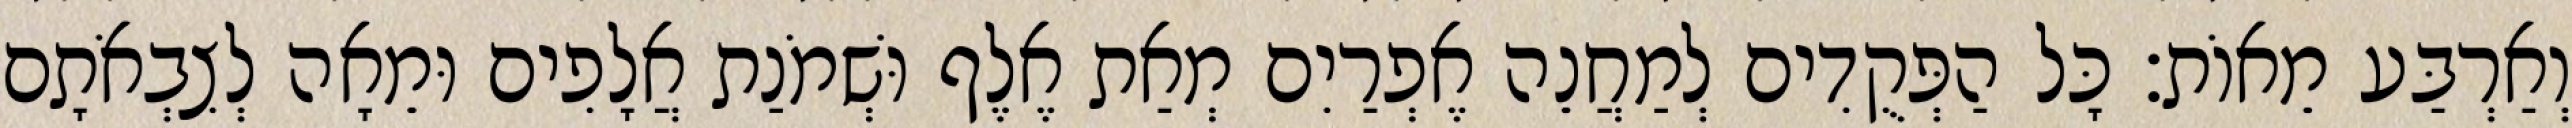
וְאַרְבַּע מֵאוֹת׃ כָּל הַפְּקֻדִים לְמַחֲנֵה אֶפְרַיִם מְאַת אֶלֶף וּשְׁמֹנַת אֲלָפִים וּמֵאָה לְצִבְאֹתָם